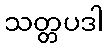
သတ္တပဒါ